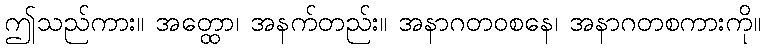
ဤသည်ကား။ အတ္ထော၊ အနက်တည်း။ အနာဂတဝစနေ၊ အနာဂတစကားကို။